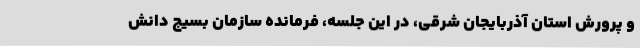
و پرورش استان آذربایجان شرقی، در این جلسه، فرمانده سازمان بسیج دانش